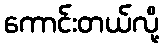
ကောင်းတယ်လို့